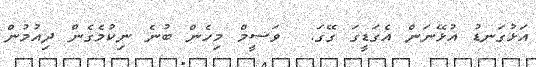
އަޅުގަނޑު އުޅޭނަން އެގަޑީގަ ގޭގަ.  ވަސީމް މިހެން ބުނެ ނިކުމެގެން ދިއުމުން